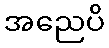
အညေပိ